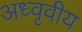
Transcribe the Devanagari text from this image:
अध्वृवीय